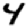
Digit: 4